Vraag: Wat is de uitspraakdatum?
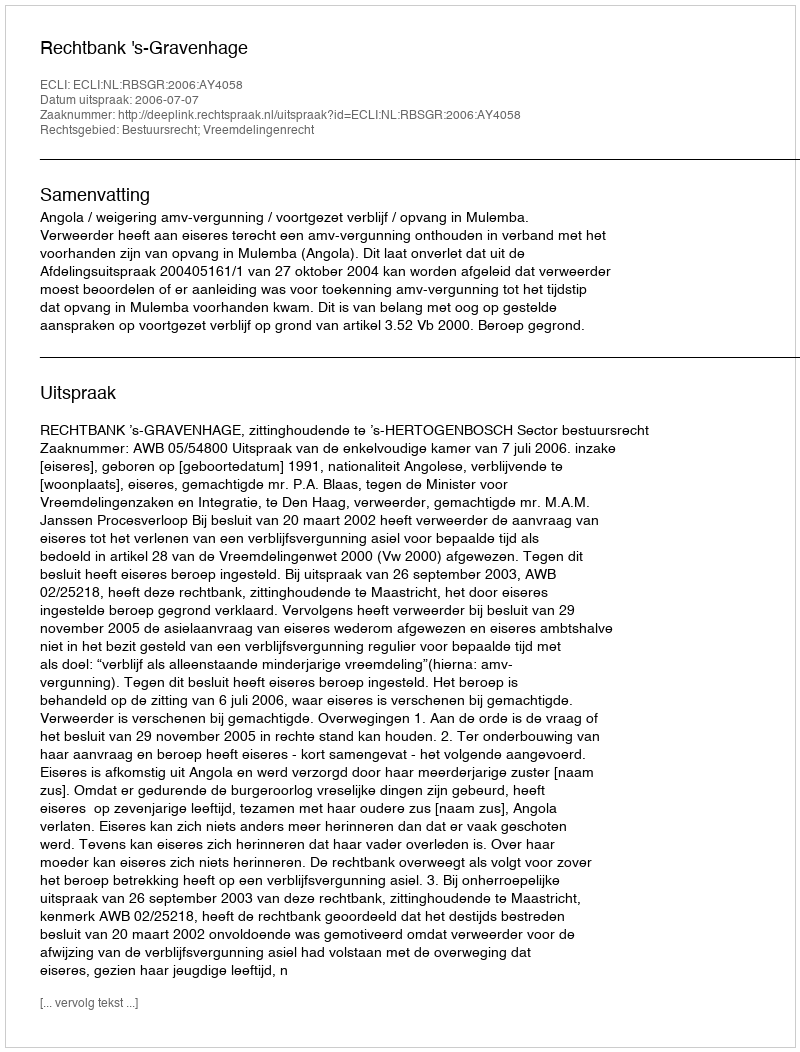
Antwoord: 2006-07-07